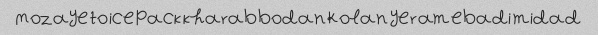
Mozaye to ice pack kharab bodan Kolan ye rame badi midad